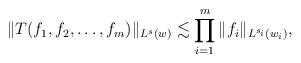
LaTeX: \begin{align*}\|T(f_1, f_2,\dots, f_m)\|_{L^s (w)} \lesssim \prod_{i=1}^m \|f_i\|_{L^{s_i}\left(w_i\right)},\end{align*}